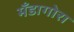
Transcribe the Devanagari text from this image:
मँडागोरा